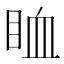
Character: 𥅧